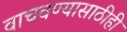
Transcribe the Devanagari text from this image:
वाचवण्यासाठीही